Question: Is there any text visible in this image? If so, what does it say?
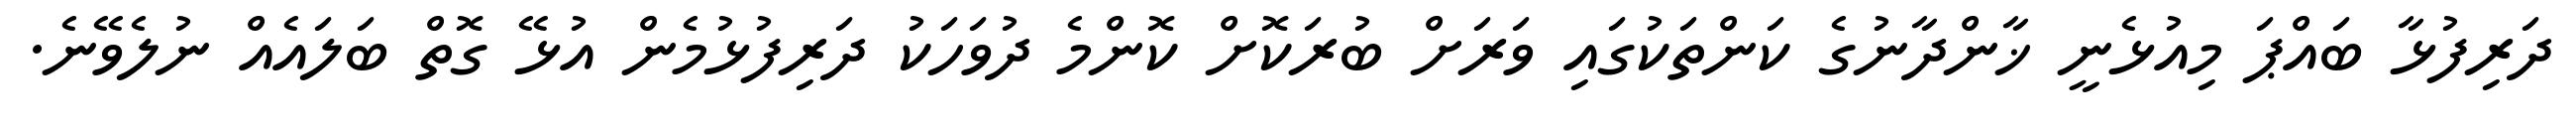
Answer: ދަރިފުޅާ ބައްޕަ މިއުޅެނީ ޚާންދާނުގެ ކަންތަކުގައި ވަރަށް ބުރަކޮށް ކޮންމެ ދުވަހަކު ދަރިފުޅުމެން އުޅޭ ގޮތް ބަލައެއް ނުލެވޭނެ.